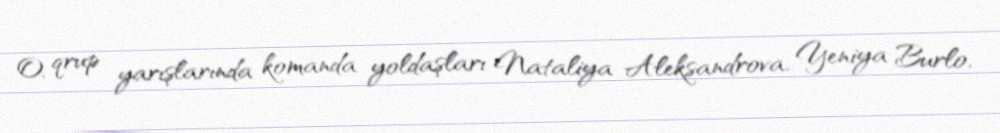
O, qrup yarışlarında komanda yoldaşları Nataliya Aleksandrova, Yeniya Burlo,